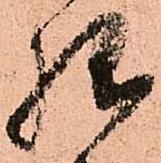
様